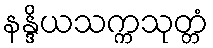
နန္ဒိယသက္ကသုတ္တံ